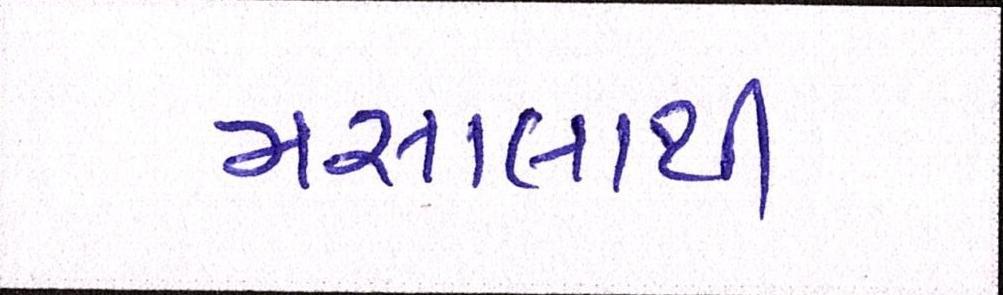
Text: મસાલાથી